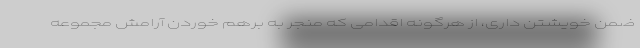
ضمن خویشتن داری، از هرگونه اقدامی که منجر به برهم خوردن آرامش مجموعه